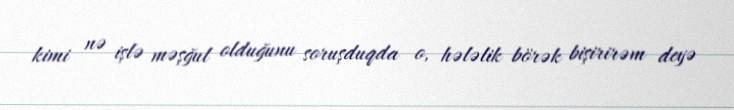
kimi nə işlə məşğul olduğunu soruşduqda o, hələlik börək bişirirəm deyə